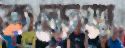
তড়েয়া